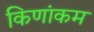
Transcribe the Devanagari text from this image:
किणांकम